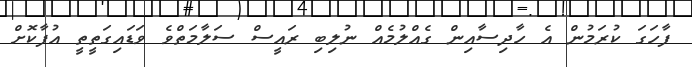
ފާހަގަ ކުރަމުން އެ ހާދިސާއިން ގެއްލުމެއް ނުލިބި ރައީސް ސަލާމަތްވެ ވަޑައިގަތީތީ އުފާކޮށް